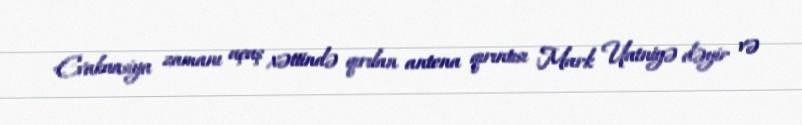
Evakuasiya zamanı uçuş xəttində qırılan antena qırıntısı Mark Uatniyə dəyir və